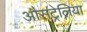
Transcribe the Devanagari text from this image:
औसट्रेलिया